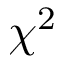
\chi ^ { 2 }